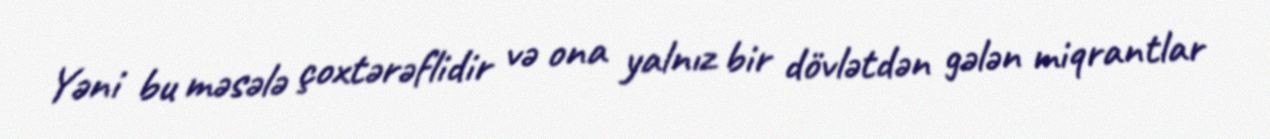
Yəni bu məsələ çoxtərəflidir və ona yalnız bir dövlətdən gələn miqrantlar